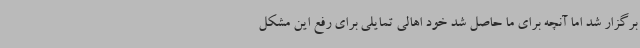
برگزار شد اما آنچه برای ما حاصل شد خود اهالی تمایلی برای رفع این مشکل